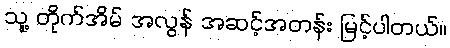
သူ့ တိုက်အိမ် အလွန် အဆင့်အတန်း မြင့်ပါတယ်။